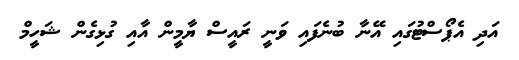
އަދި އެޕޯސްޓުގައި އޭނާ ބުނެފައި ވަނީ ރައީސް ޔާމީން އާއި ގުޅިގެން ޝަހީމް